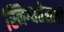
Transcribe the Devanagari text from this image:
स्निग्धतेसाठी